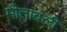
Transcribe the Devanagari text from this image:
मीतावली